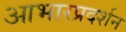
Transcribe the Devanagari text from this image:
आभारप्रदर्शन